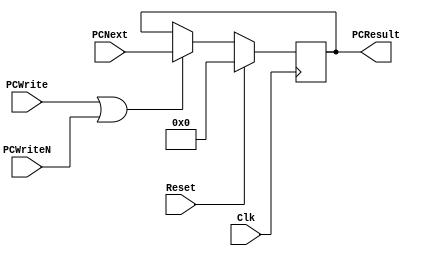
`timescale 1ns / 1ps
//////////////////////////////////////////////////////////////////////////////////
//
// Description - 32-Bit program counter (PC) register.
// 
// INPUTS:-
// Address: 32-Bit address input port.
// Reset: 1-Bit input control signal.
// Clk: 1-Bit input clock signal.
//
// OUTPUTS:-
// PCResult: 32-Bit registered output port.
//
////////////////////////////////////////////////////////////////////////////////

module PC(Clk, Reset, PCNext, PCWrite, PCWriteN, PCResult);

	input [31:0] PCNext;
	input Reset, Clk, PCWrite, PCWriteN;
	output reg [31:0]  PCResult;

	initial begin
	
		PCResult <= 38; //Direccin inicial de la memoria
	end

    always @(posedge Clk)
    begin
    	if (Reset == 1)
    	begin
    		PCResult <= 32'h00000000;
    	end
    	else
    	begin
			if (PCWrite || PCWriteN) 
			begin
				PCResult <= PCNext;
			end
    	end
    end

endmodule